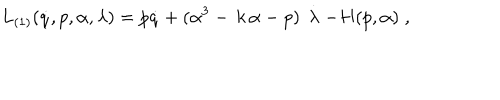
LaTeX: L _ { ( 1 ) } ( \dot { q } , p , \alpha , \lambda ) = p \dot { q } + ( \alpha ^ { 3 } - \, k \, \alpha - p ) \, \stackrel { . } { \lambda } - H ( p , \alpha ) \; ,